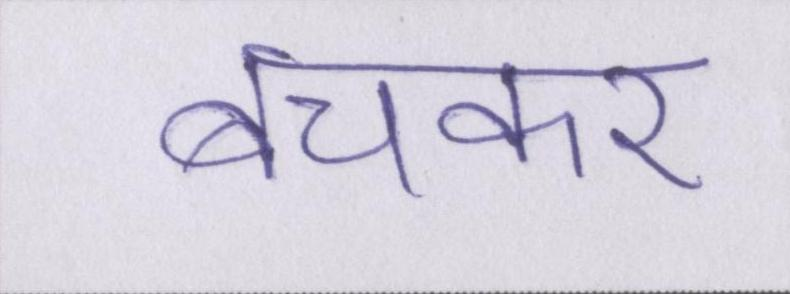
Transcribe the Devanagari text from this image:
बचकर